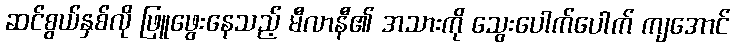
ဆင်စွယ်နှစ်လို ဖြူဖွေးနေသည့် မီလာနီ၏ အသားကို သွေးပေါက်ပေါက် ကျအောင်